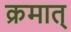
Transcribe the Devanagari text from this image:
क्रमात्